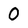
Character: 0